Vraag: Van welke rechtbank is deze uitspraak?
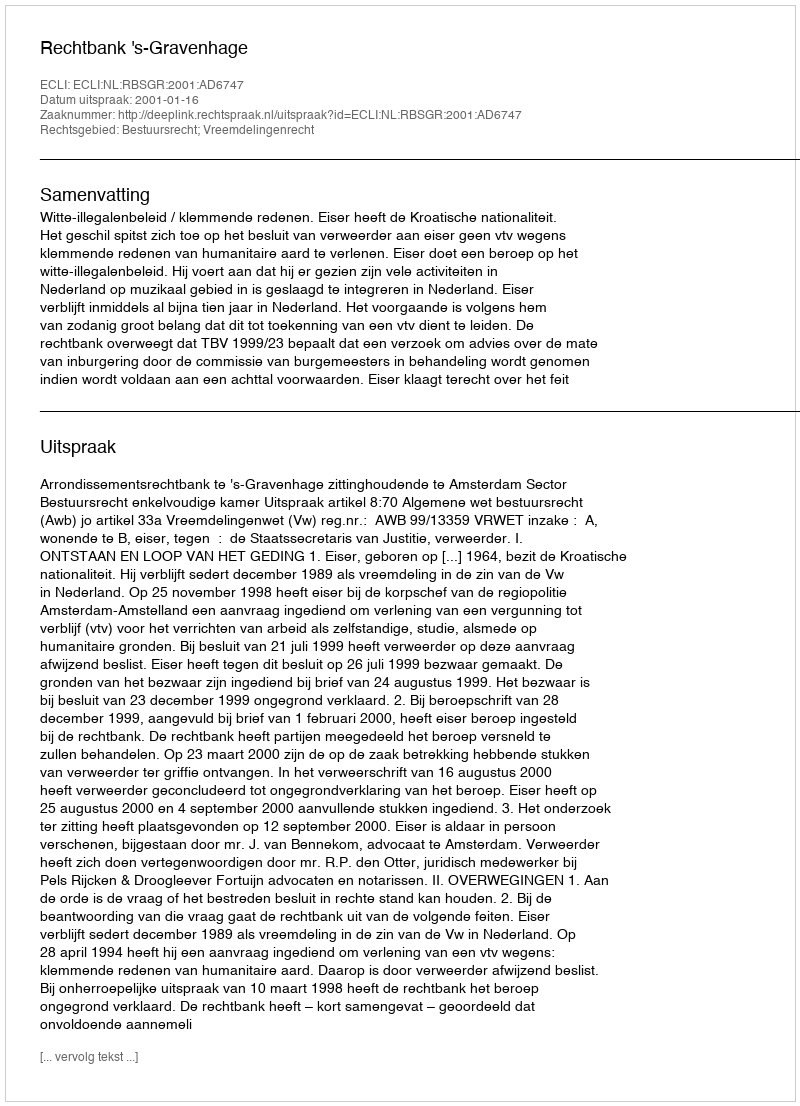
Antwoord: Rechtbank 's-Gravenhage